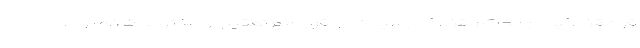
قوه قضائیه در محاکم قضائی رسیدگی و قرار منع تعقیب و مختومه شده بود.